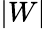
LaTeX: |W|